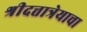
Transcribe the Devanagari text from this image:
श्रीदत्तात्रेयाचा